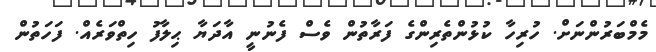
މެމްބަރުންނަށް. ހުރިހާ ކުޅުންތެރިންގެ ފަރާތުން ވެސް ފެނުނީ އާދަޔާ ޙިލާފު ހިތްވަރެއް. ފަހަތުން